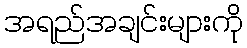
အရည်အချင်းများကို